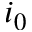
i _ { 0 }